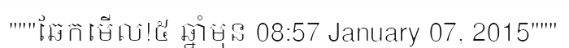
"""ឆែកមើល!៥ ឆ្នាំមុន 08:57 January 07, 2015"""